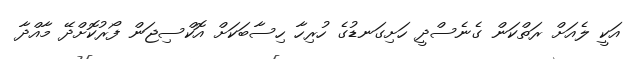
އަކީ ލެއަށް ރަތްކަން ގެނެސްދީ ހަށިގަނޑުގެ ހުރިހާ ހިސާބަކަށް އޮކްސިޖަން ފޯރުކޮށްދޭ މާއްދާ